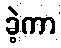
ခဲ့ကာ